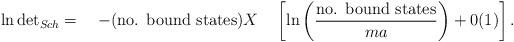
LaTeX: \begin{align*}\ln \mbox{det}_{{Sch}} = \quad - (\mbox {no. bound states}) X \quad \left[\ln \left( \displaystyle\frac{\mbox {no. bound states}}{ma} \right) + 0(1) \right].\end{align*}